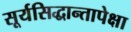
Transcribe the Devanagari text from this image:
सूर्यसिद्धान्तापेक्षा